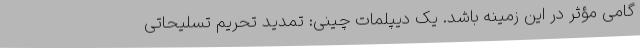
گامی مؤثر در این زمینه باشد. یک دیپلمات چینی: تمدید تحریم تسلیحاتی